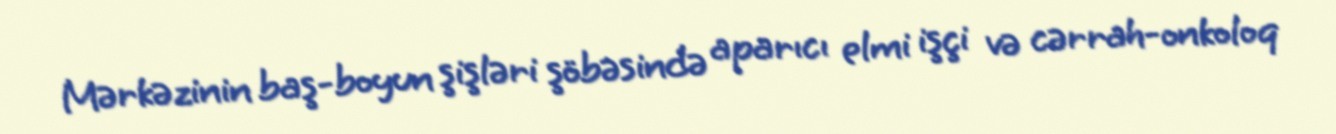
Mərkəzinin baş-boyun şişləri şöbəsində aparıcı elmi işçi və cərrah-onkoloq